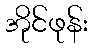
အိုင်ဖုန်း